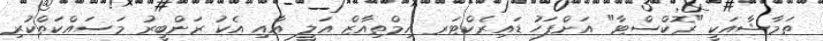
ތަމާޝާއަކީ "ރޮކްސްޓާ" އަށްފަހު ޑައިރެކްޓަރ އިމްތިއާޒް އަލީ އާއި އެކު ރަންބީރު މަސައްކަތްކުރި